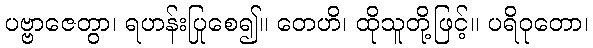
ပဗ္ဗာဇေတွာ၊ ရဟန်းပြုစေ၍။ တေဟိ၊ ထိုသူတို့ဖြင့်။ ပရိဝုတော၊